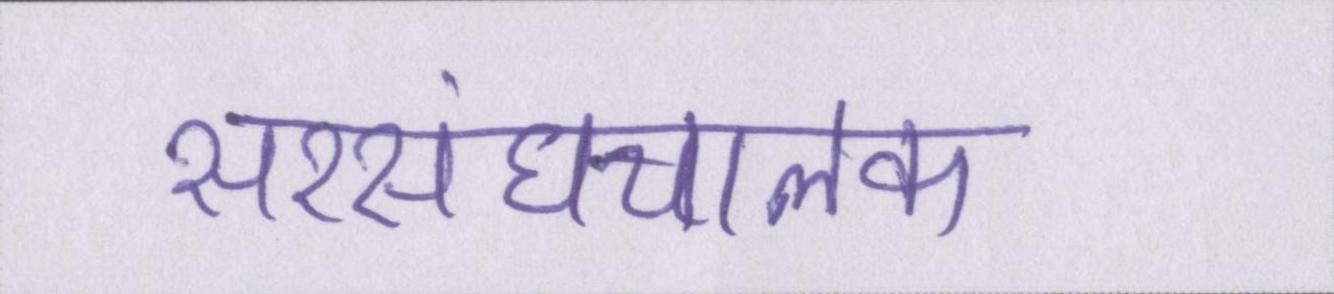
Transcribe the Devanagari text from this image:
सरसंघचालक